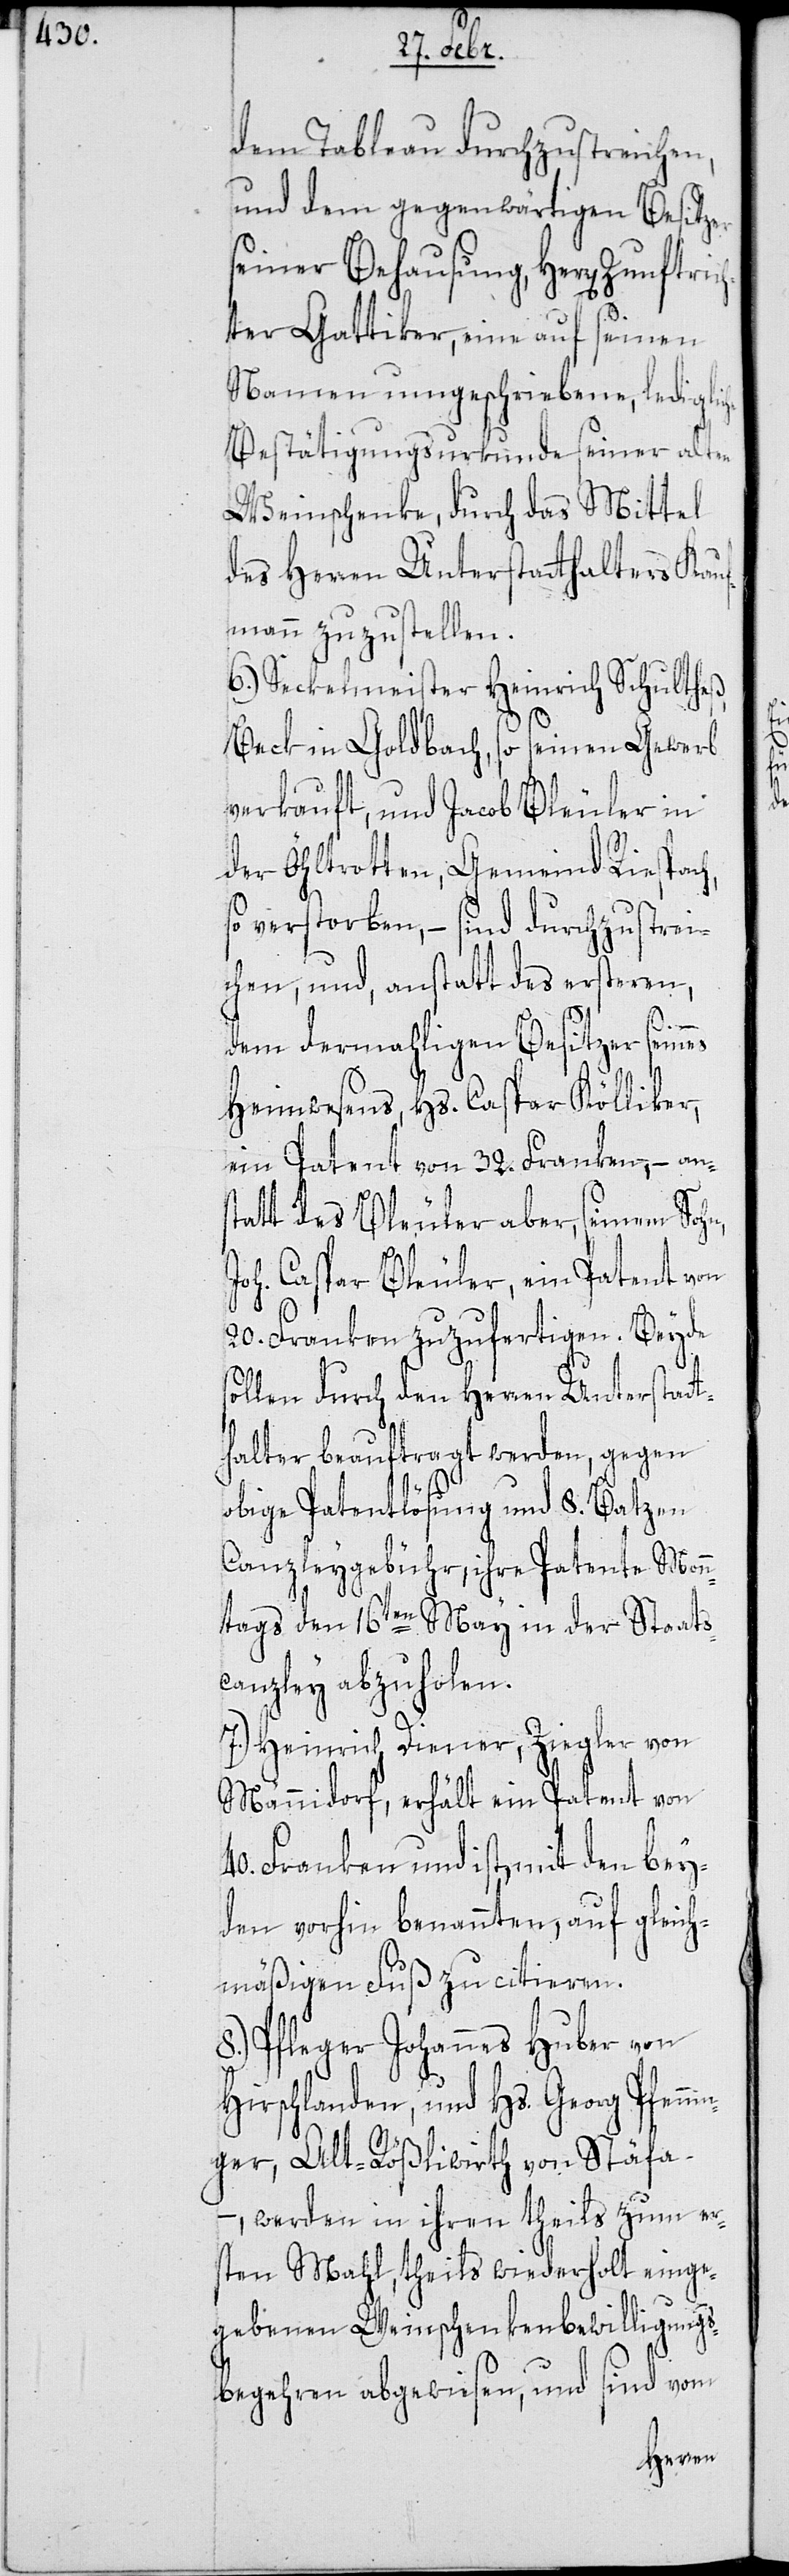
dem Tableau durchzustreichen,
und dem gegenwärtigen Besitzer
seiner Behausung, Herr Zunftric¬
hter Gattiker, eine auf seinen
Namen umgeschriebene, lediglic¬
Bestätigungsurkunde seiner alten
Weinschenke, durch das Mittel
des Herren Unterstatthalters Kauf¬
mann zuzustellen.
6.) Seckelmeister Heinrich Schultheß,
Beck in Goldbach, so seinen Gewerb
verkauft, und Jacob Bleuler in
der Öhltrotten, Gemeind Riespach,
so verstorben, – sind durchzustrei¬
chen, und, anstatt des ersteren,
in¬
dem dermahligen Besitzer seines
Heimwesens, Hs. Caspar Kölliker,
ein Patent von 32. Franken, – ans¬
tatt des Bleuler aber seinem Sohn,
Joh. Caspar Bleuler, ein Patent von
20. Franken zuzufertigen. Beyde
sollen durch den Herren Unterstatt¬
halter beauftragt werden, gegen
obige Patentlösung und 8. Batzen
Canzleygebühr, ihre Patente Mon¬
ntags den 16ten May in der Staats¬
canzley abzuholen.
7.) Heinrich Diener, Ziegler von
Männedorf, erhält ein Patent von
40. Franken und ist, mit den bey¬
den vorhin benannten, auf gleich¬
mäßigen Fuß zu citieren.
8.) Pfleger Johannes Huber von
Hirschlanden, und Hs. Georg Pfenn¬
ger, Alt-Rößliwirth von Stäfa,
– werden in ihren theils zum er¬
sten Mahl, theils wiederholt einge¬
he
gebenen Weinschenkenbewilligungs¬
begehren abgewiesen, und sind von